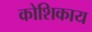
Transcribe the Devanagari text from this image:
कोशिकाय